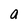
Character: a